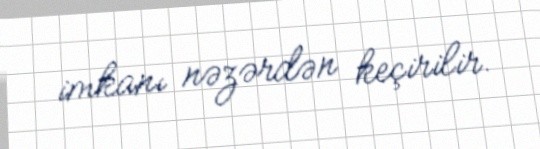
imkanı nəzərdən keçirilir.